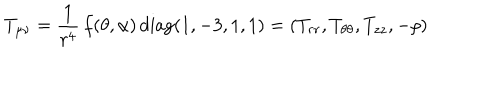
LaTeX: T _ { \mu \nu } = \frac { 1 } { r ^ { 4 } } \, f ( \theta , \alpha ) \, \mathrm { d i a g } ( 1 , - 3 , 1 , 1 ) = ( T _ { r r } , T _ { \theta \theta } , T _ { z z } , - \rho )